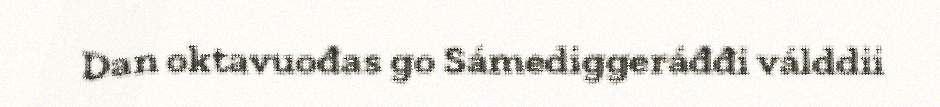
Dan oktavuođas go Sámediggeráđđi válddii